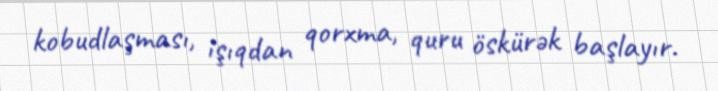
kobudlaşması, işıqdan qorxma, quru öskürək başlayır.